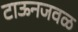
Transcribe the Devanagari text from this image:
टाऊनजवळ